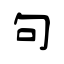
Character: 句